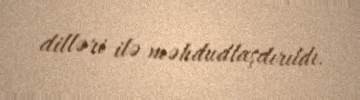
dilləri ilə məhdudlaşdırıldı.